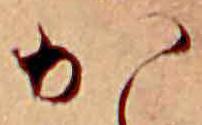
か